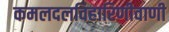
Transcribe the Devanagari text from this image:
कमलदलविहारिणीवाणी